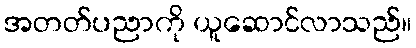
အတတ်ပညာကို ယူဆောင်လာသည်။